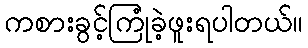
ကစားခွင့်ကြုံခဲ့ဖူးရပါတယ်။